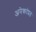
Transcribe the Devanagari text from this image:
अनेकांप्रत